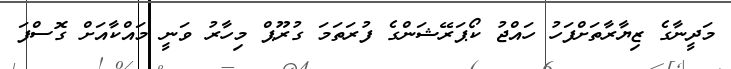
މަދީނާގެ ޒިޔާރާތަށްފަހު ހައްޖު ކޯޕަރޭޝަންގެ ފުރަތަމަ ގުރޫޕް މިހާރު ވަނީ މައްކާއަށް ގޮސްފަ